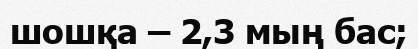
шошқа – 2,3 мың бас;